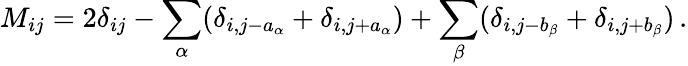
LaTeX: M_{ij}=2\delta_{ij}-\sum_{\alpha}(\delta_{i,j-a_{\alpha}}+\delta_{i,j+a_{\alpha}})+\sum_{\beta}(\delta_{i,j-b_{\beta}}+\delta_{i,j+b_{\beta}})\, .